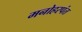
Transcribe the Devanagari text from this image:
मनोहरपंत